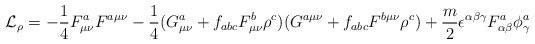
\begin{align*}{\cal L}_\rho = - \frac{1}{4} F_{\mu\nu}^a F^{a\mu\nu} - \frac{1}{4} (G_{\mu\nu}^a + f_{abc}F_{\mu\nu}^b \rho^c) (G^{a\mu\nu} + f_{abc} F^{b\mu\nu} \rho^c) + \frac{m}{2}\epsilon^{\alpha \beta \gamma} F_{\alpha \beta}^a \phi_{\gamma}^a\end{align*}